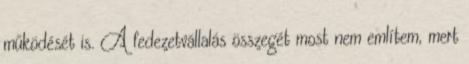
működését is. A fedezetvállalás összegét most nem említem, mert